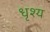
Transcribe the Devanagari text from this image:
धृश्य